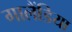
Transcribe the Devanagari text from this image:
गालैंडिया